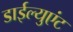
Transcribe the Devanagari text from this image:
डाईल्युएंट